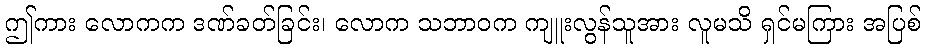
ဤကား လောကက ဒဏ်ခတ်ခြင်း၊ လောက သဘာဝက ကျူးလွန်သူအား လူမသိ ရှင်မကြား အပြစ်